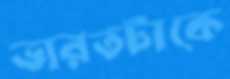
ভারতটাকে